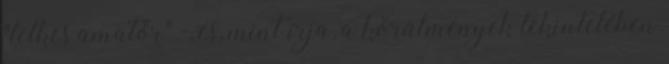
"lelkes amatőr" -, és, mint írja, a körülmények tekintetében